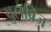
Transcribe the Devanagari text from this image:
वुलब्रिज